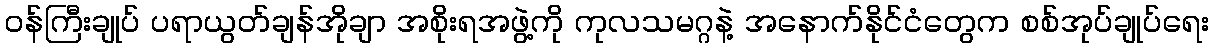
ဝန်ကြီးချုပ် ပရာယွတ်ချန်အိုချာ အစိုးရအဖွဲ့ကို ကုလသမဂ္ဂနဲ့ အနောက်နိုင်ငံတွေက စစ်အုပ်ချုပ်ရေး